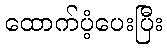
ထောက်ပံ့ပေးပြီး